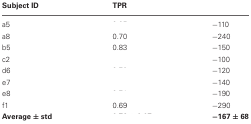
<table><thead><tr><td><b>Subject ID</b></td><td><b>TPR</b></td><td>[EMPTY_CELL]</td></tr></thead><tbody><tr><td>a5</td><td>[EMPTY_CELL]</td><td>−110</td></tr><tr><td>a8</td><td>0.70</td><td>−240</td></tr><tr><td>b5</td><td>0.83</td><td>−150</td></tr><tr><td>c2</td><td>[EMPTY_CELL]</td><td>−100</td></tr><tr><td>d6</td><td>[EMPTY_CELL]</td><td>−120</td></tr><tr><td>e7</td><td>[EMPTY_CELL]</td><td>−140</td></tr><tr><td>e8</td><td>[EMPTY_CELL]</td><td>−190</td></tr><tr><td>f1</td><td>0.69</td><td>−290</td></tr><tr><td><b>Average ± std</b></td><td>[EMPTY_CELL]</td><td><b>−167 ± 68</b></td></tr></tbody></table>